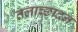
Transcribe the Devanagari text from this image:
तलाच्छादन